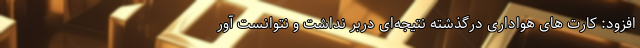
افزود: کارت های هواداری درگذشته نتیجه‌ای دربر نداشت و نتوانست آور